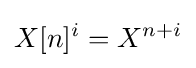
X[n]^{i}=X^{n+i}